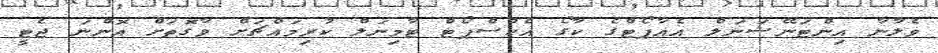
ވެލާނާ އިންޓަނޭޝަނަލް އެއާޕޯޓްގެ ކާގޯ އެކްސްޕޯޓް ޓާމިނަލް ކުރިމައްޗަށް ވާގޮތަށް އޮންނަ ޖެޓީ